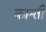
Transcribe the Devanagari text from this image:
कान्ती